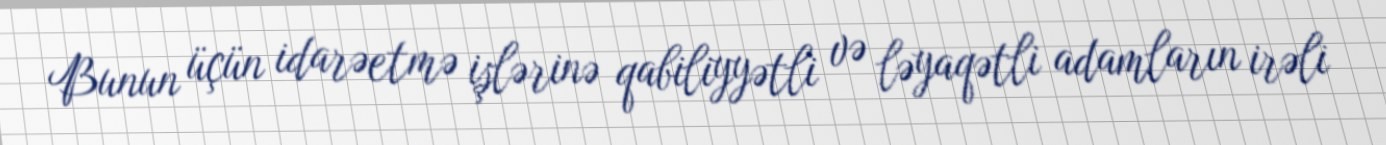
Bunun üçün idarəetmə işlərinə qabiliyyətli və ləyaqətli adamların irəli